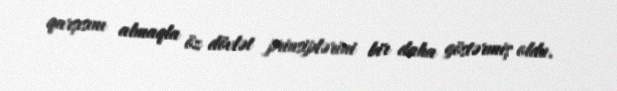
qarşısını almaqla öz dövlət prinsiplərini bir daha göstərmiş oldu.